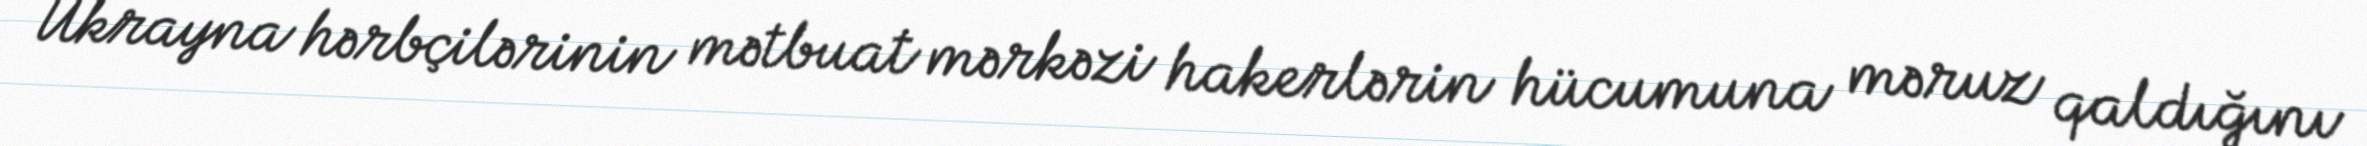
Ukrayna hərbçilərinin mətbuat mərkəzi hakerlərin hücumuna məruz qaldığını